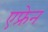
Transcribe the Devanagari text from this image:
एफ्रेन